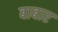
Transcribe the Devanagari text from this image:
बाबार